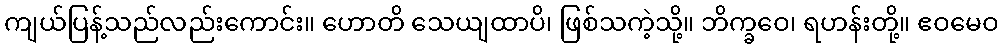
ကျယ်ပြန့်သည်လည်းကောင်း။ ဟောတိ သေယျထာပိ၊ ဖြစ်သကဲ့သို့။ ဘိက္ခဝေ၊ ရဟန်းတို့။ ဧဝမေဝ